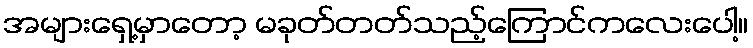
အများရှေ့မှာတော့ မခုတ်တတ်သည့်ကြောင်ကလေးပေါ့။